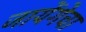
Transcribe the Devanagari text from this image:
जायेंगेचा